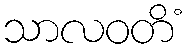
သာလဝတိံ